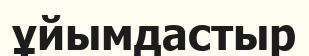
ұйымдастыр